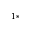
^ { 1 \ast }